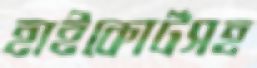
হাইকোর্টসহ